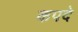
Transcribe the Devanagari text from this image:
कपदे